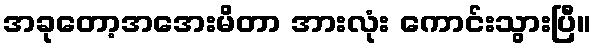
အခုတော့အအေးမိတာ အားလုံး ကောင်းသွားပြီ။